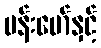
ဗန်းမော်နှင့်